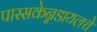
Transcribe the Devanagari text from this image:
पास्सकेन्नडायलचे